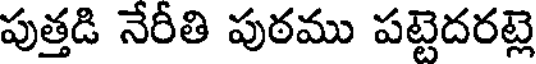
పుత్తడి నేరీతి పుఠము పట్టెదరట్ల